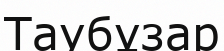
Таубұзар